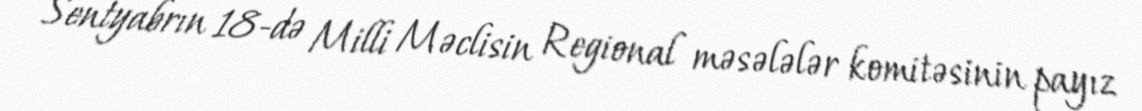
Sentyabrın 18-də Milli Məclisin Regional məsələlər komitəsinin payız